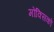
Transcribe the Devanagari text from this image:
मोक्सिको